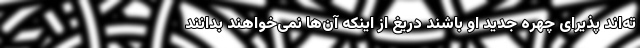
ته‌اند پذیرای چهره جدید او باشند دریغ از اینکه آن‌ها نمی‌خواهند بدانند